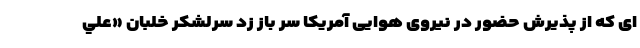
ای که از پذیرش حضور در نیروی هوایی آمریکا سر باز زد سرلشكر خلبان «علي